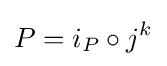
P=i_{P}\circ j^{k}